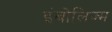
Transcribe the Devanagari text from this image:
इंबोलिज्म